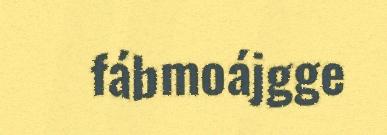
fábmoájgge